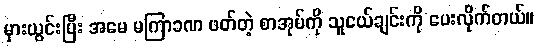
မှားယွင်းပြီး အမေ မကြာခဏ ဖတ်တဲ့ စာအုပ်ကို သူငယ်ချင်းကို ပေးလိုက်တယ်။